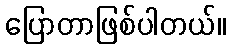
ပြောတာဖြစ်ပါတယ်။